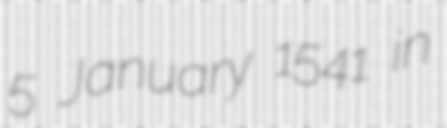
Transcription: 5 January 1541 in